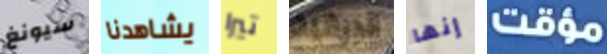
سيونغ يشاهدنا تيرا الدرقية إنها مؤقت